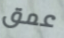
عمق